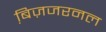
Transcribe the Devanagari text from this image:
बि़ज़जरनल